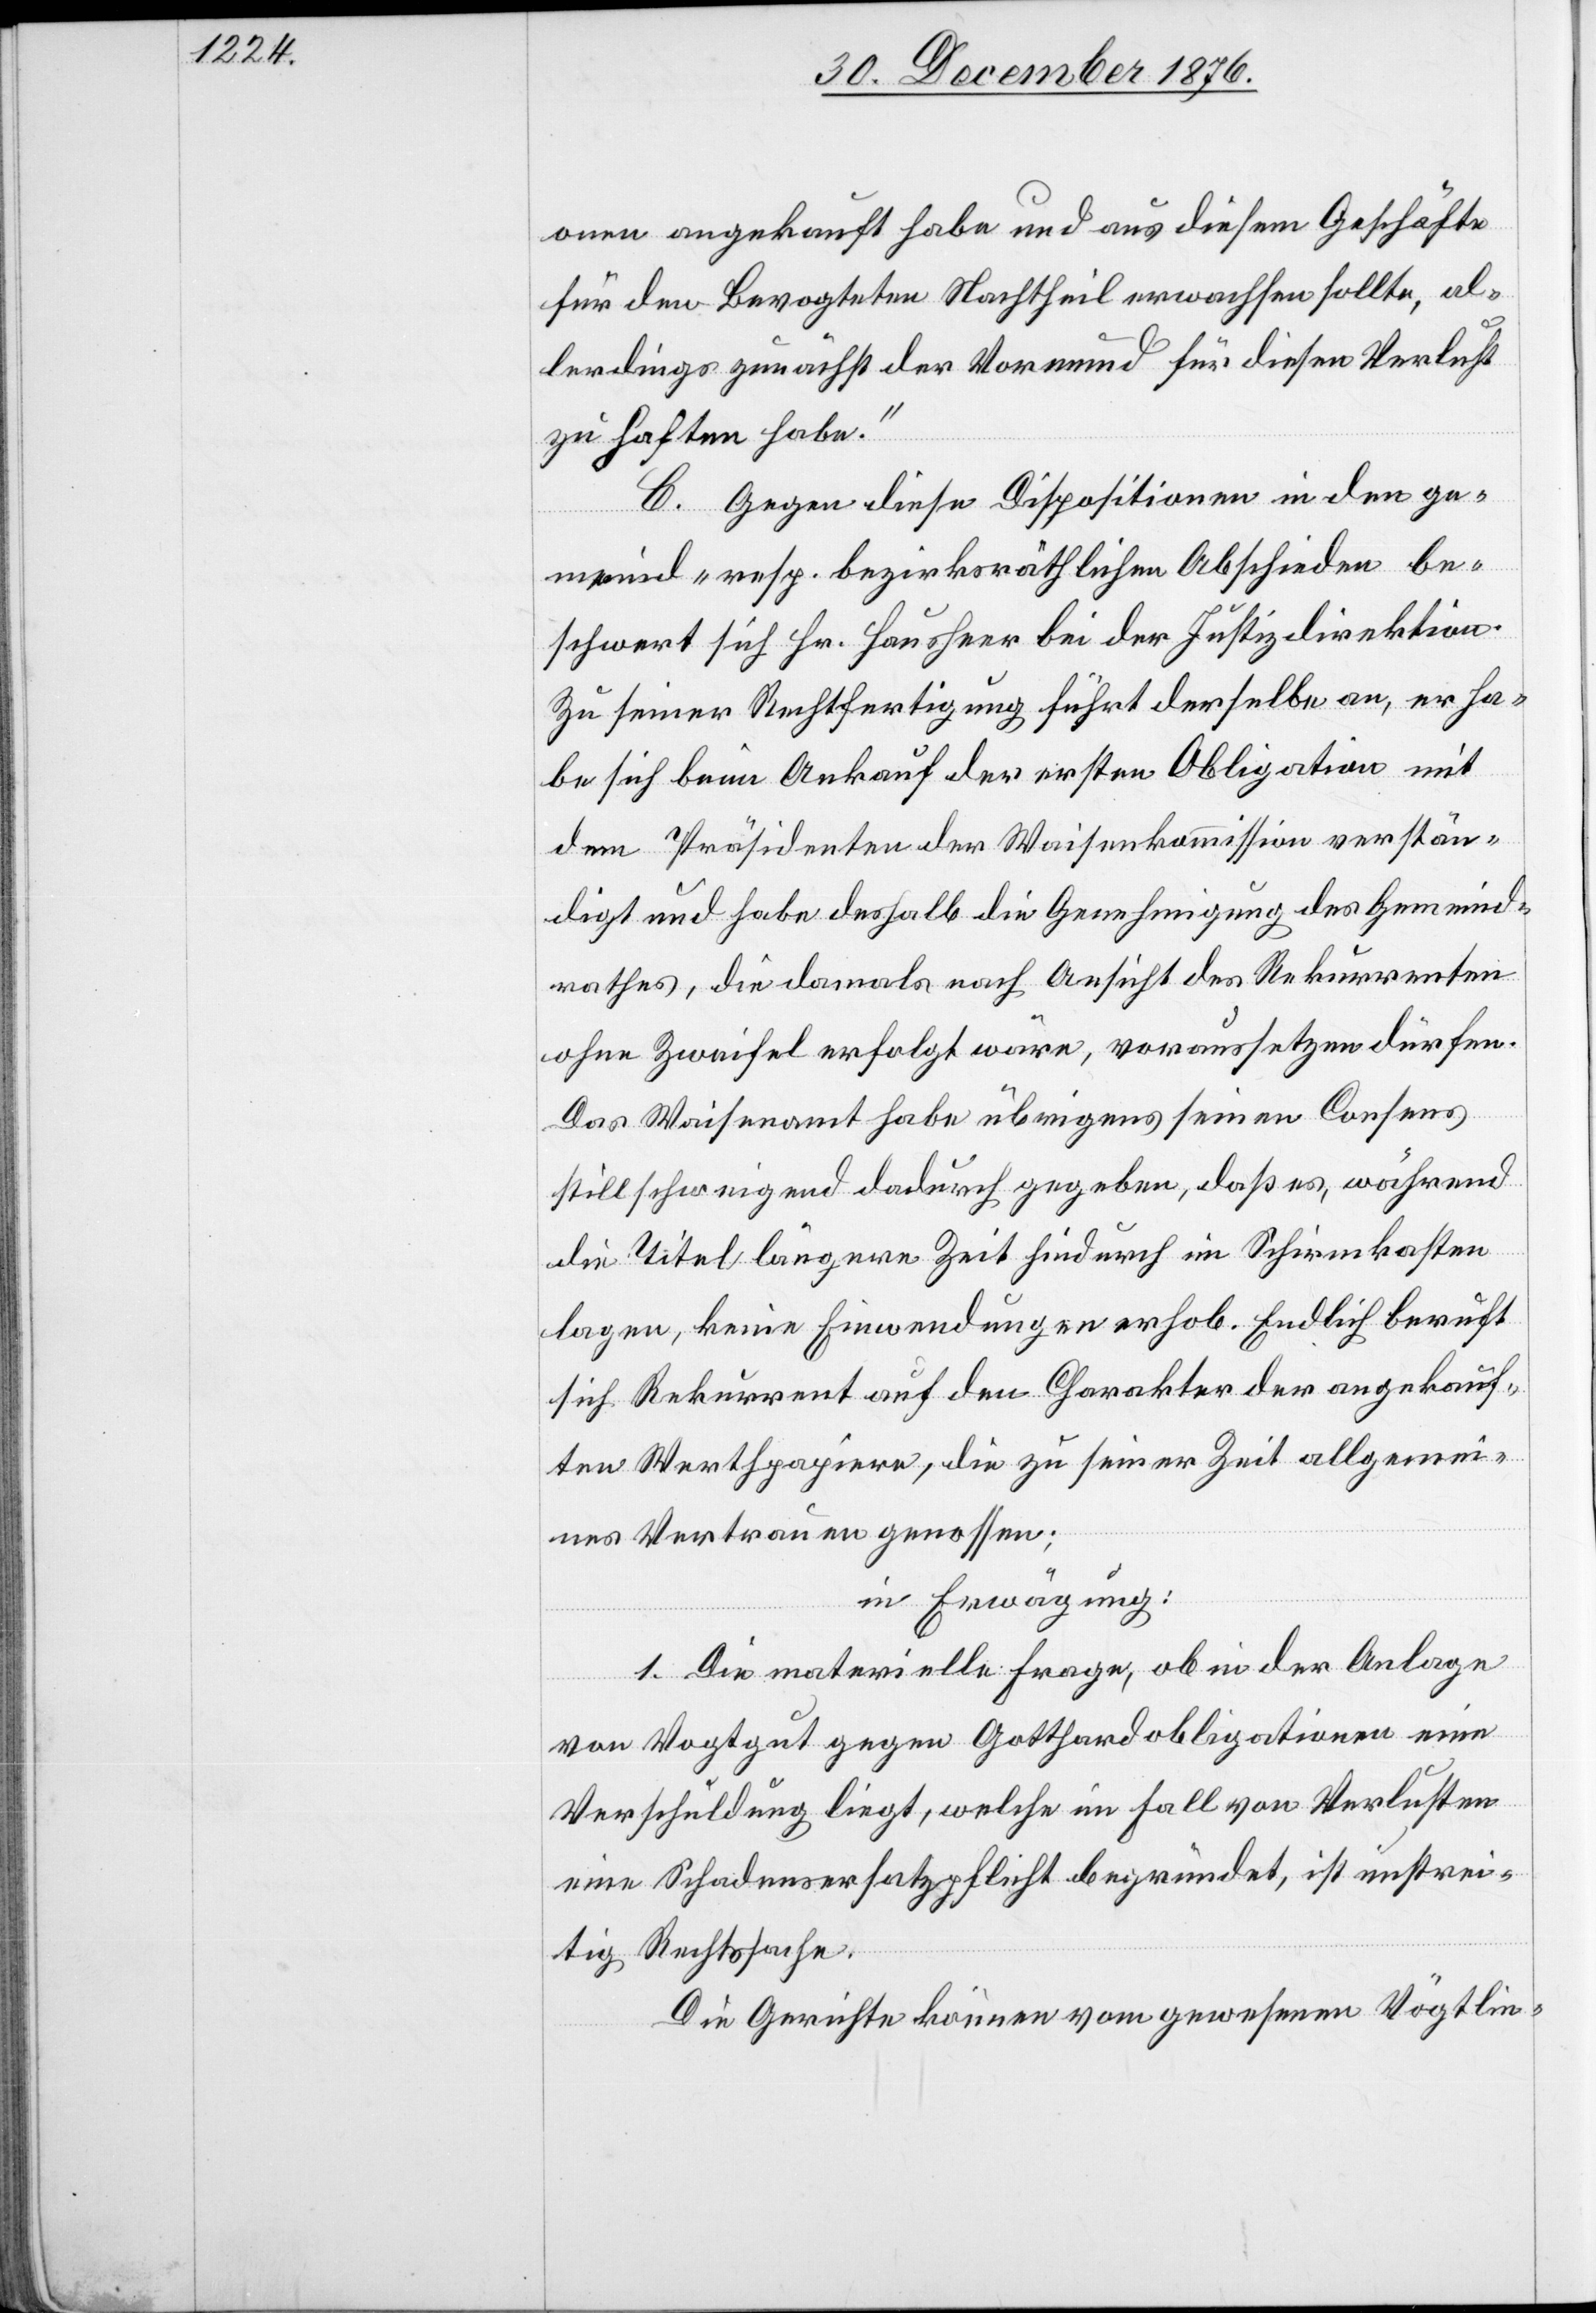
onen angekauft habe und aus diesem Geschäfte
für den Bevogteten Nachtheil erwachsen sollte, al¬
lerdings zunächst der Vormund für diesen Verlust
zu haften habe.“
C. Gegen diese Dispositionen in den ge¬
meind- resp. bezirksräthlichen Abschieden be¬
schwert sich Hr. Hausheer bei der Justizdirektion.
Zu seiner Rechtfertigung führt derselbe an, er ha¬
be sich beim Ankauf der ersten Obligation mit
dem Präsidenten der Waisenkommission verstän¬
digt und habe deshalb die Genehmigung des Gemeind¬
rathes, die damals nach Ansicht des Rekurrenten
ohne Zweifel erfolgt wäre, voraussetzen dürfen.
Das Waisenamt habe übrigens seinen Consens
stillschweigend dadurch gegeben, daß es, während
die Titel längere Zeit hindurch im Schirmkasten
lagen, keine Einwendungen erhob. Endlich beruft
sich Rekurrent auf den Charakter der angekauf¬
ten Werthpapiere, die zu seiner Zeit allgemei¬
nes Vertrauen genossen;
in Erwägung:
1. Die materielle Frage, ob in der Anlage
von Vogtgut gegen Gotthardobligationen eine
Verschuldung liegt, welche im Fall von Verlusten
eine Schadensersatzpflicht begründet, ist unstrei¬
tig Rechtssache.
Die Gerichte können vom gewesenen Vögtlin-